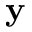
\mathbf y